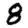
Digit: 8